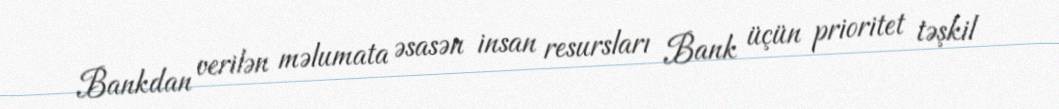
Bankdan verilən məlumata əsasən insan resursları Bank üçün prioritet təşkil